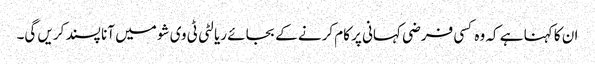
ان کا کہنا ہے کہ وہ کسی فرضی کہانی پر کام کرنے کے بجائے ریالٹی ٹی وی شو میں آنا پسند کریں گی۔